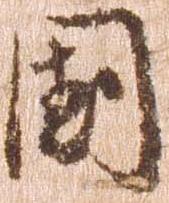
国